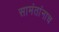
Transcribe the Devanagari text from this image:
सामंतांनाच